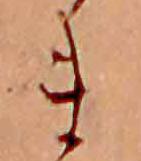
ま